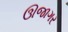
ઊજાગર